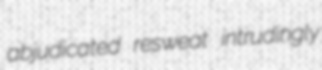
abjudicated resweat intrudingly